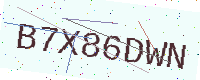
Text: B7X86DWN